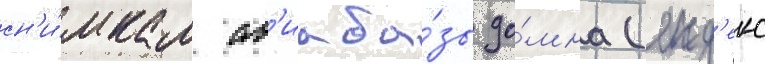
сн'и́мкам ав'иаба́зы до́мна (янд'екс